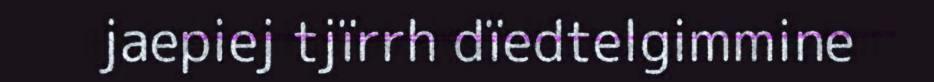
jaepiej tjïrrh dïedtelgimmine